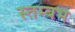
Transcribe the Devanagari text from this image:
स्तम्बभ